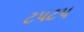
ટપટપ